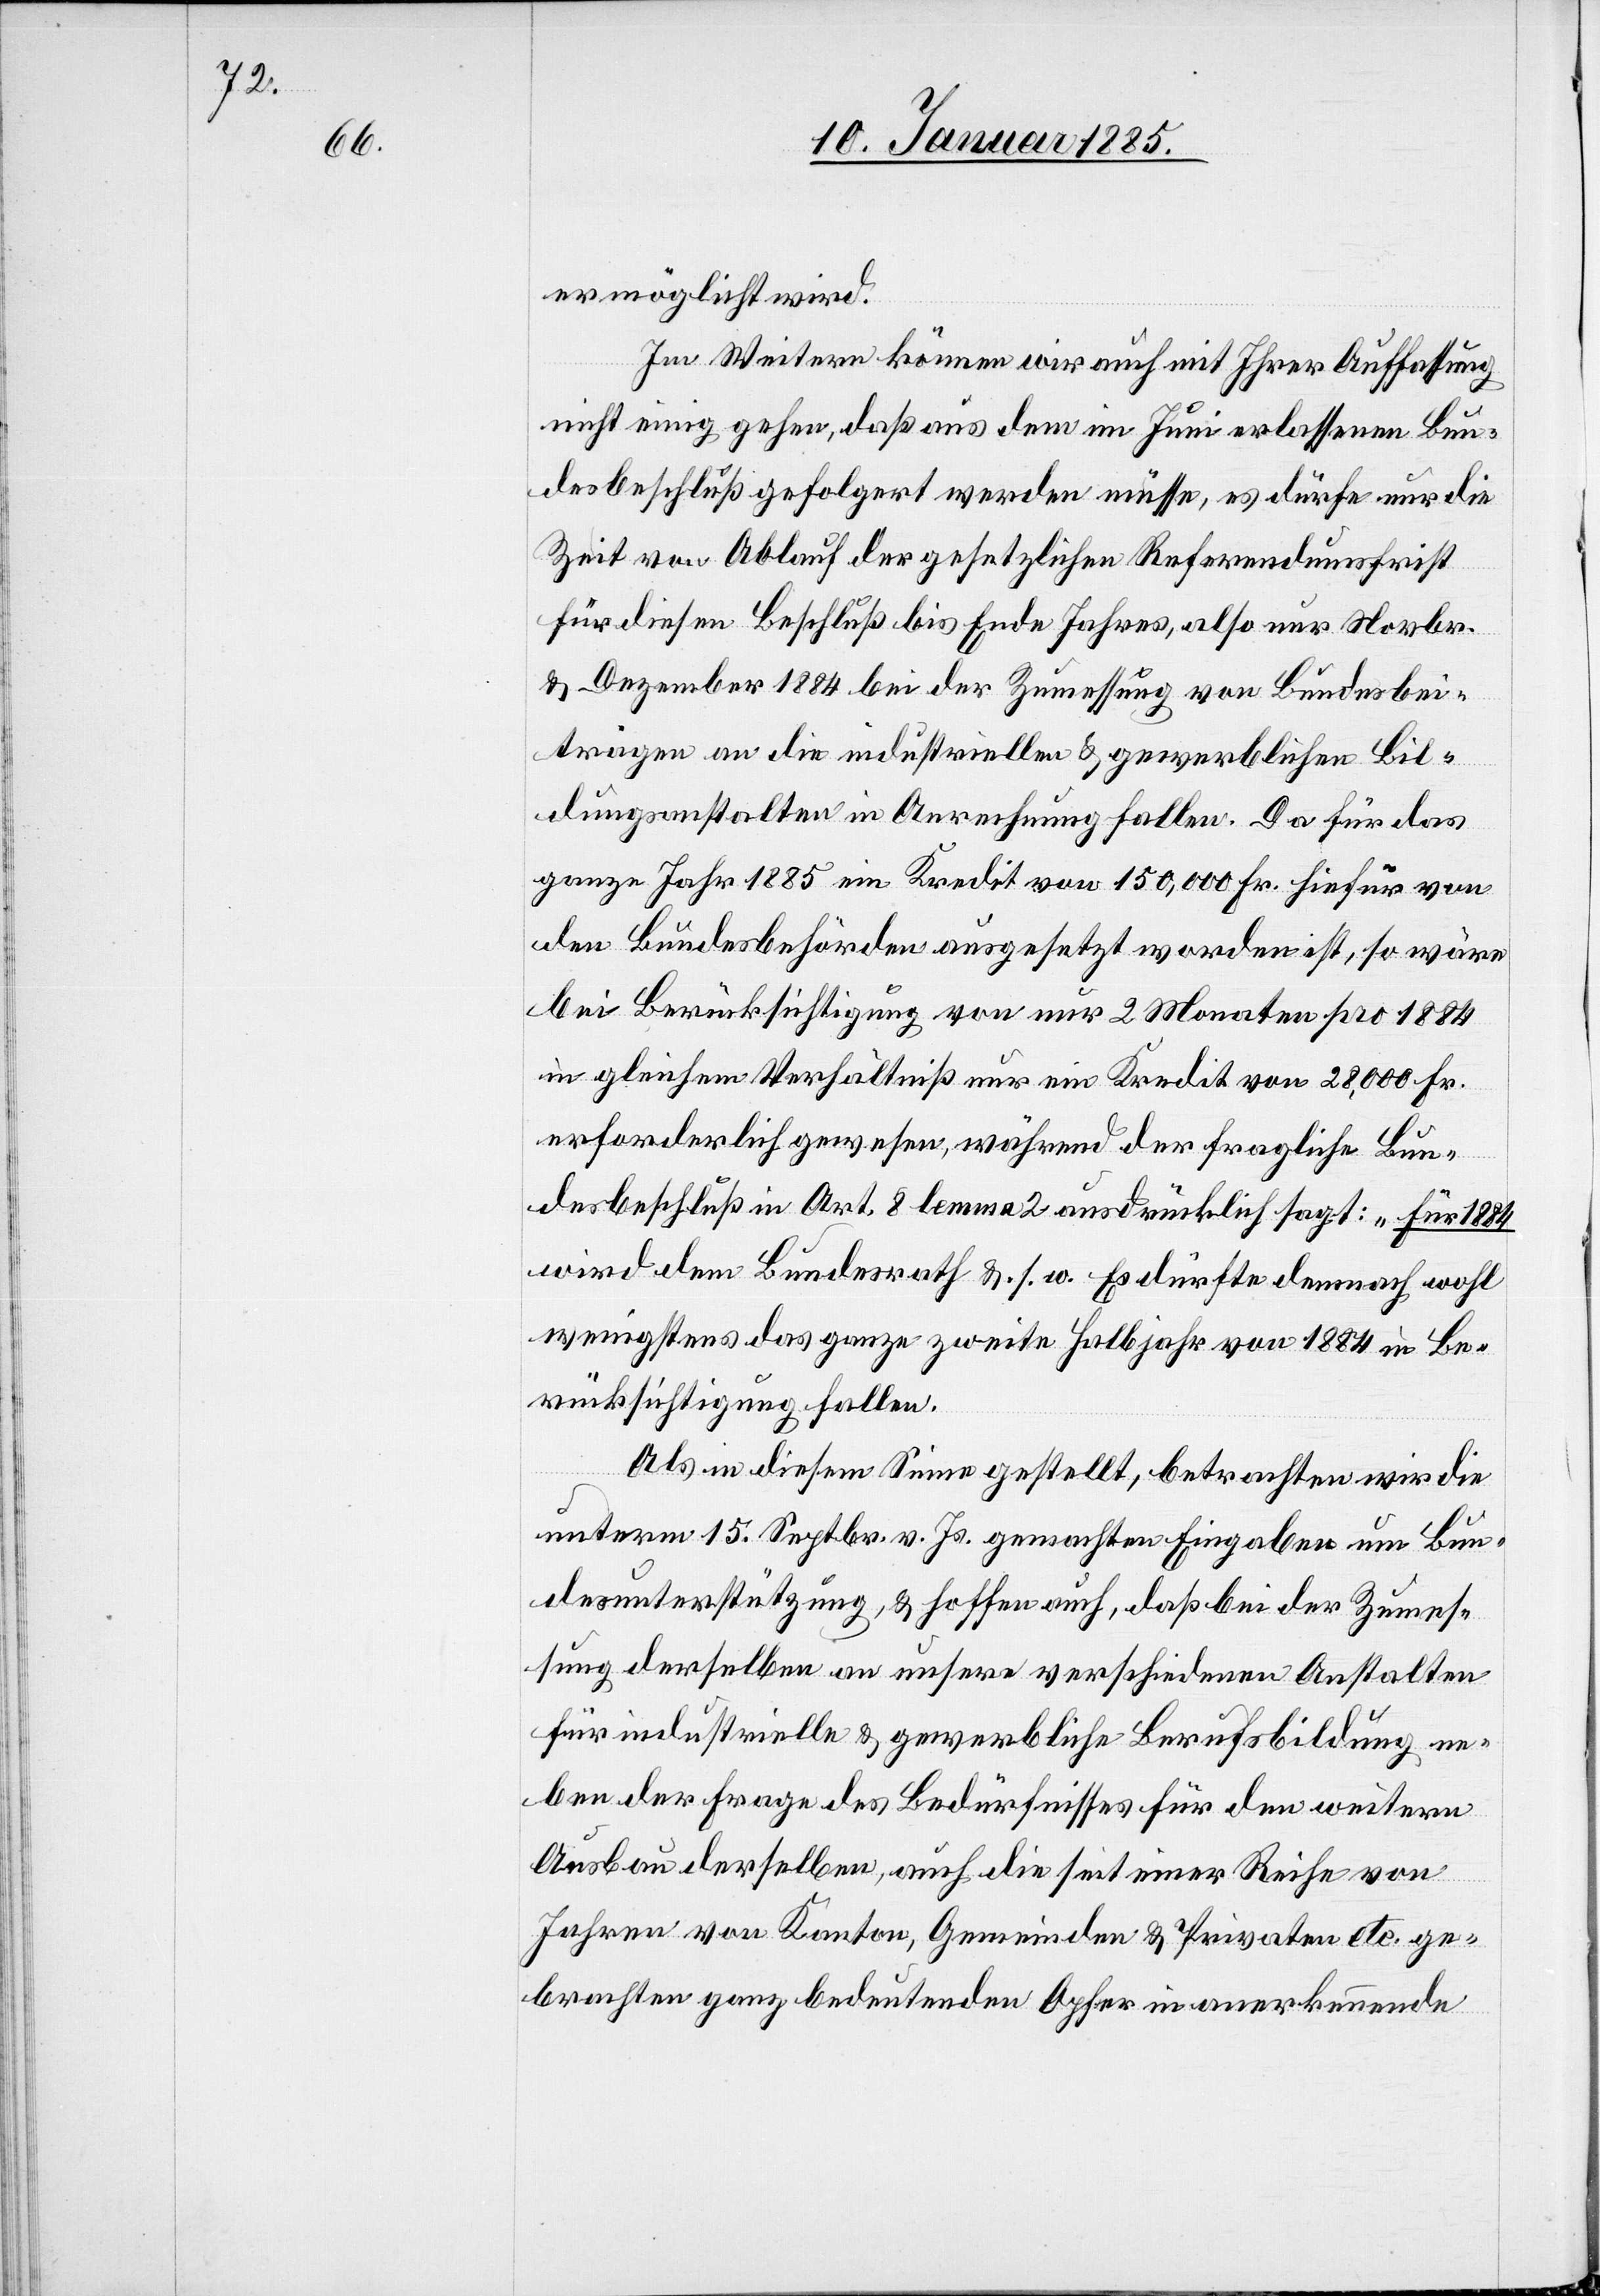
ermöglicht wird.
Im Weitern können wir auch mit Ihrer Auffassung
nicht einig gehen, daß aus dem im Juni erlassenen Bun¬
desbeschluß gefolgert werden müsse, es dürfe nur die
Zeit von Ablauf der gesetzlichen Referendumsfrist
für diesen Beschluß bis Ende Jahres, also nur Novbr.
& Dezember 1884 bei der Zumessung von Bundesbei¬
trägen an die industriellen & gewerblichen Bil¬
dungsanstalten in Anrechnung fallen. Da für das
ganze Jahr 1885 ein Kredit von 150,000 Fr. hiefür von
den Bundesbehörden ausgesetzt worden ist, so wie
bei Berücksichtigung von nur 2 Monaten pro 1884
in gleichem Verhältniß nur ein Kredit von 28,000 Fr.
erforderlich gewesen, während der fragliche Bun¬
desbeschluß in Art. 8 lemma 2 ausdrücklich sagt: „für 1884
wird dem Bundesrath & s. w.[“] Es dürfte demnach wohl
wenigstens das ganze zweite Halbjahr von 1884 in Be¬
rücksichtigung fallen.
Als in diesem Sinne gestellt, betrachten wir die
unterm 15. Septbr. v. Js. gemachten Eingaben um Bun¬
desunterstützung, & hoffen auch, daß bei der Zumes¬
sung derselben an unsere verschiedenen Anstalten
für industrielle & gewerbliche Berufsbildung ne¬
ben der Frage des Bedürfnisses für den weitern
Ausbau derselben, auch die seit einer Reihe von
Jahren von Kanton, Gemeinden & Privaten etc. ge¬
brachten ganz bedeutenden Opfer in anerkennende